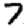
Digit: 7